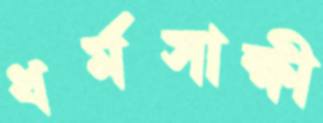
ধর্মসাক্ষী